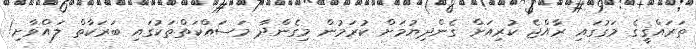
ތަރައްޤީގެ މަގުގައި ރާއްޖެ ކުރިއަށް ގެންދިޔުމަށް ކުރަމުން މިގެންދާ މަސައްކަތްތަކުގައި ބަރަކާތް ލައްވާށި!